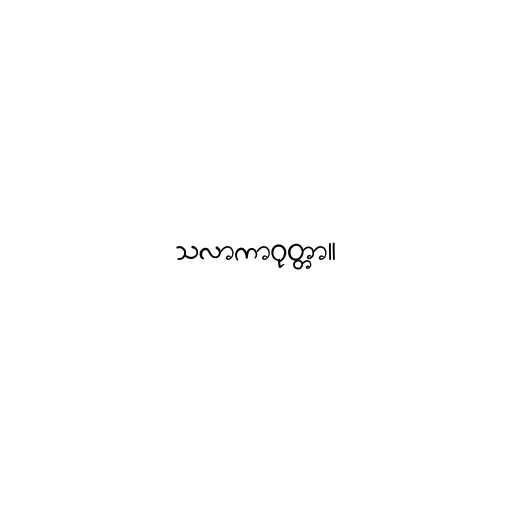
သလာကာဝုတ္တာ။